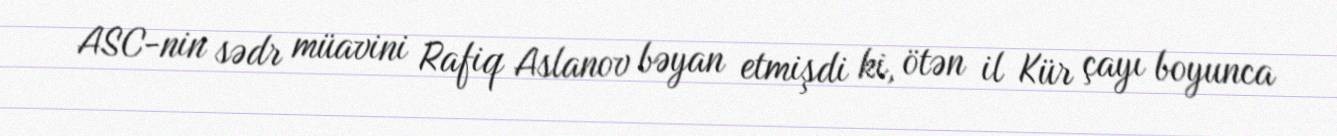
ASC-nin sədr müavini Rafiq Aslanov bəyan etmişdi ki, ötən il Kür çayı boyunca